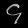
Digit: ၄